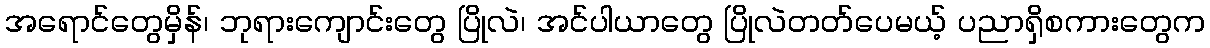
အရောင်တွေမှိန်၊ ဘုရားကျောင်းတွေ ပြိုလဲ၊ အင်ပါယာတွေ ပြိုလဲတတ်ပေမယ့် ပညာရှိစကားတွေက